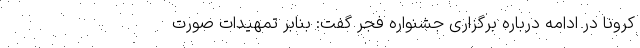
کرونا در ادامه درباره برگزاری جشنواره فجر گفت: بنابر تمهیدات صورت